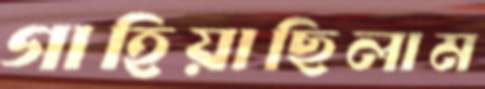
গাহিয়াছিলাম